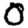
Digit: 0